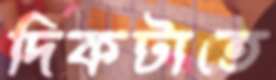
দিকটাতে